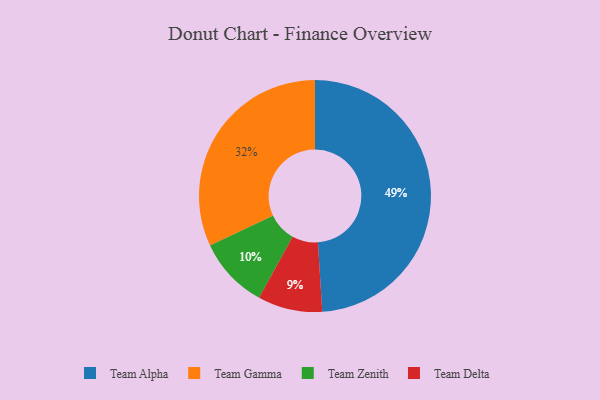
{"axis": {"x": "Category", "y": "Percentage"}, "legend": ["Team Alpha", "Team Delta", "Team Gamma", "Team Zenith"], "data": [{"x": "Team Delta", "y": 9, "type": "Team Delta"}, {"x": "Team Zenith", "y": 10, "type": "Team Zenith"}, {"x": "Team Gamma", "y": 32, "type": "Team Gamma"}, {"x": "Team Alpha", "y": 49, "type": "Team Alpha"}]}